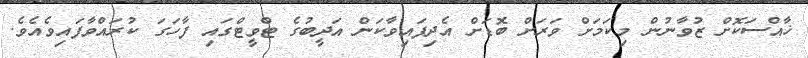
ޚާއްސަކޮށް ޒުވާނުން މިކަމަށް ވަރަށް ބޮޑަށް އެދިފައިވާކަން އަދީބުގެ ޓްވީޓްގައި ފާހަގަ ކުރައްވާފައިވެއެވެ.